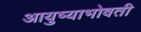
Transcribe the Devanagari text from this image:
आयुष्याभोवती